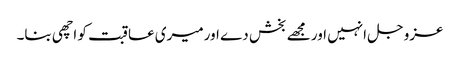
عزوجل انہیں اور مجھے بخش دے اورمیری عاقبت کو اچھی بنا۔